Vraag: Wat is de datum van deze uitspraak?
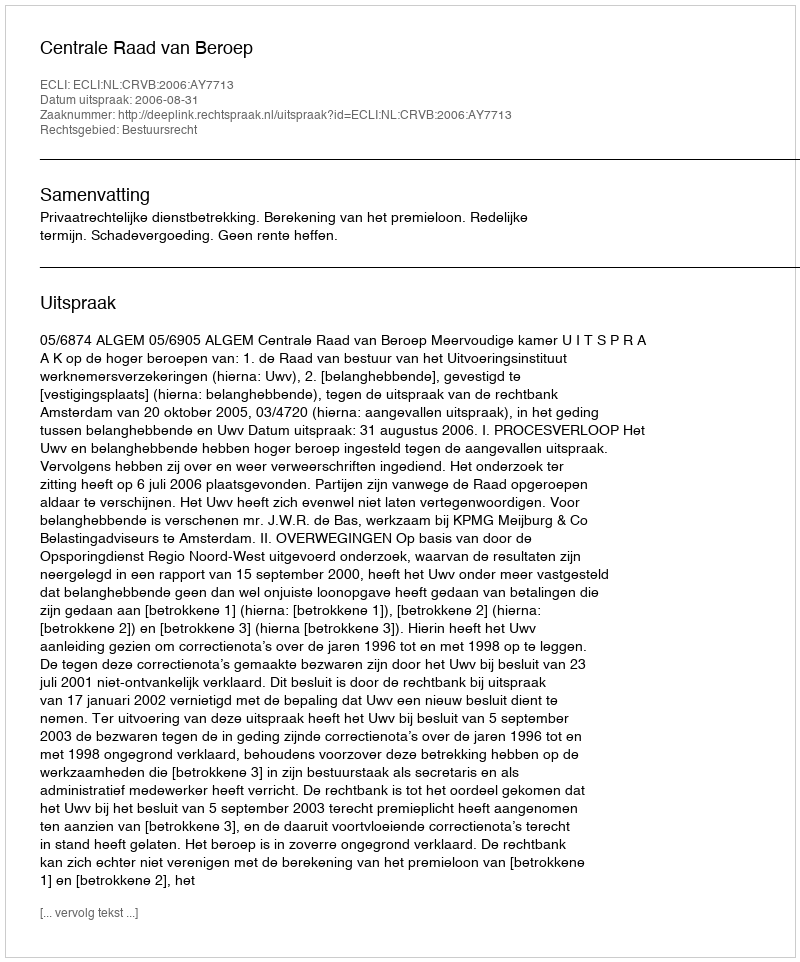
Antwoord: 2006-08-31